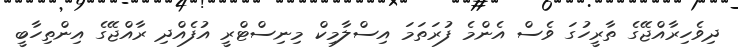
ދިވެހިރާއްޖޭގެ ތާރީހުގަ ވެސް އެންމެ ފުރަތަމަ އިސްލާމިކް މިނިސްޓްރީ އުފެއްދި ރާއްޖޭގެ އިންތިހާބީ